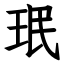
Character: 珉